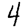
Digit: 4